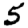
Digit: 5